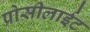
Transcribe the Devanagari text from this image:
प्रोसीलाईट